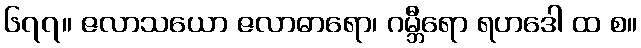
၆၇၇။ ဇလာသယော ဇလာဓာရော၊ ဂမ္ဘီရော ရဟဒေါ ထ စ။